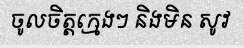
ចូលចិត្តក្មេងៗ និងមិន សូវ